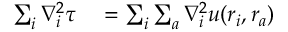
\begin{array} { r l } { \sum _ { i } \nabla _ { i } ^ { 2 } \tau } & { { } = \sum _ { i } \sum _ { a } \nabla _ { i } ^ { 2 } u ( \boldsymbol { r } _ { i } , \boldsymbol { r } _ { a } ) } \end{array}